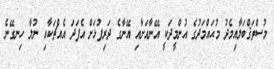
މުސްތަޤްބަލާއިމެދު މުޙައްމަދުގެ އުންމީދަކީ އޭނާއަށާއި އޭނާގެ ދަރިފުޅަށް އެފަދަ އެއްޗަކާއި ނުލާ ހިނގޭނެ